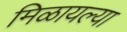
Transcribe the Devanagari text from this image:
मिळायल्या